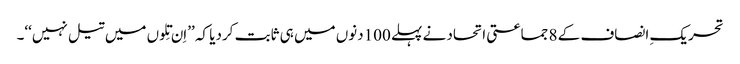
تحریکِ انصاف کے 8 جماعتی اتحاد نے پہلے 100دنوں میں ہی ثابت کردیا کہ ’’اِن تِلوں میں تیل نہیں‘‘۔